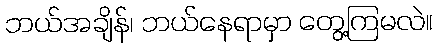
ဘယ်အချိန်၊ ဘယ်နေရာမှာ တွေ့ကြမလဲ။